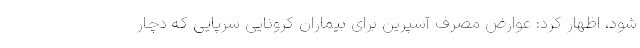
شود، اظهار کرد: عوارض مصرف آسپرین برای بیماران کرونایی سرپایی که دچار